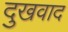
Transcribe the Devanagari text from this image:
दुखवाद